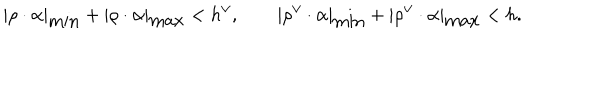
| \rho \cdot \alpha | _ { \mathrm { m i n } } + | \rho \cdot \alpha | _ { \mathrm { m a x } } < h ^ { \vee } , \qquad | \rho ^ { \vee } \cdot \alpha | _ { \mathrm { m i n } } + | \rho ^ { \vee } \cdot \alpha | _ { \mathrm { m a x } } < h .